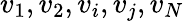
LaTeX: v_{1},v_{2},v_{i},v_{j},v_{N}